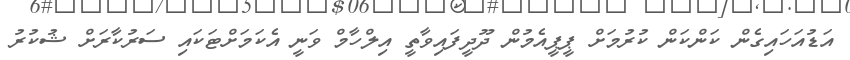
އަޑުއަހައިގެން ކަންކަން ކުރުމަށް ޕީޕީއެމުން ދޫދީފައިވާތީ އިލްހާމް ވަނީ އެކަމަށްޓަކައި ސަރުކާރަށް ޝުކުރު